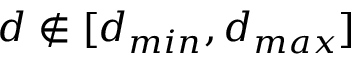
d \notin [ d _ { m i n } , d _ { m a x } ]